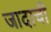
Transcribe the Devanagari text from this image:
जादाची